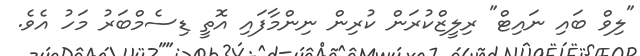
"ލިވް ބައި ނައިޓް" ރިލީޒްކުރަން ކުރިން ނިންމާފައި އޮތީ ޑިސެމްބަރު މަހު އެވެ.